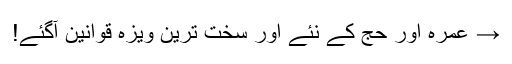
→ عمرہ اور حج کے نئے اور سخت ترین ویزہ قوانین آگئے!